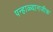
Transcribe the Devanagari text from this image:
पन्हाळ्यानजीक